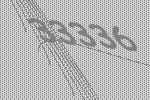
33336